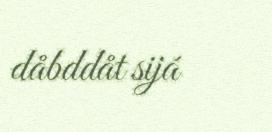
dåbddåt sijá